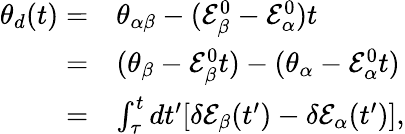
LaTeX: \begin{array}{rl}{\theta_{d}(t)=}&{\theta_{\alpha\beta}-(\mathcal{E}_{\beta}^{0}-\mathcal{E}_{\alpha}^{0})t}\\ {=}&{(\theta_{\beta}-\mathcal{E}_{\beta}^{0}t)-(\theta_{\alpha}-\mathcal{E}_{\alpha}^{0}t)}\\ {=}&{\int_{\tau}^{t}dt^{\prime}[\delta\mathcal{E}_{\beta}(t^{\prime})-\delta\mathcal{E}_{\alpha}(t^{\prime})],}\end{array}